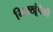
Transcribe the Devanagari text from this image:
भिक्खूंपैकी